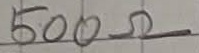
Text: 500Ω